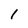
Character: 1